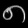
Digit: ၈